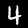
Digit: 4